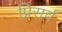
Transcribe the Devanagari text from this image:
प्रिसर्व